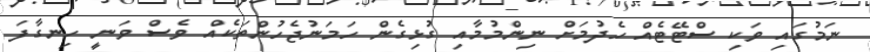
ނަމުގައި ވަކި ސްޓޭޓެއް ހެދުމަށް ނިންމުމާއި ގުޅިގެން ހަމަނުޖެހުންތަކެއް ވެސް ވަނީ ހިނގާފަ